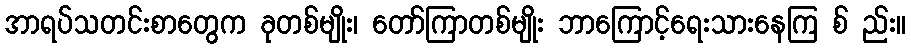
အာရပ်သတင်းစာတွေက ခုတစ်မျိုး၊ တော်ကြာတစ်မျိုး ဘာကြောင့်ရေးသားနေကြ စ် ည်း။